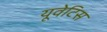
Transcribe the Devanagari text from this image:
यूवेटिस